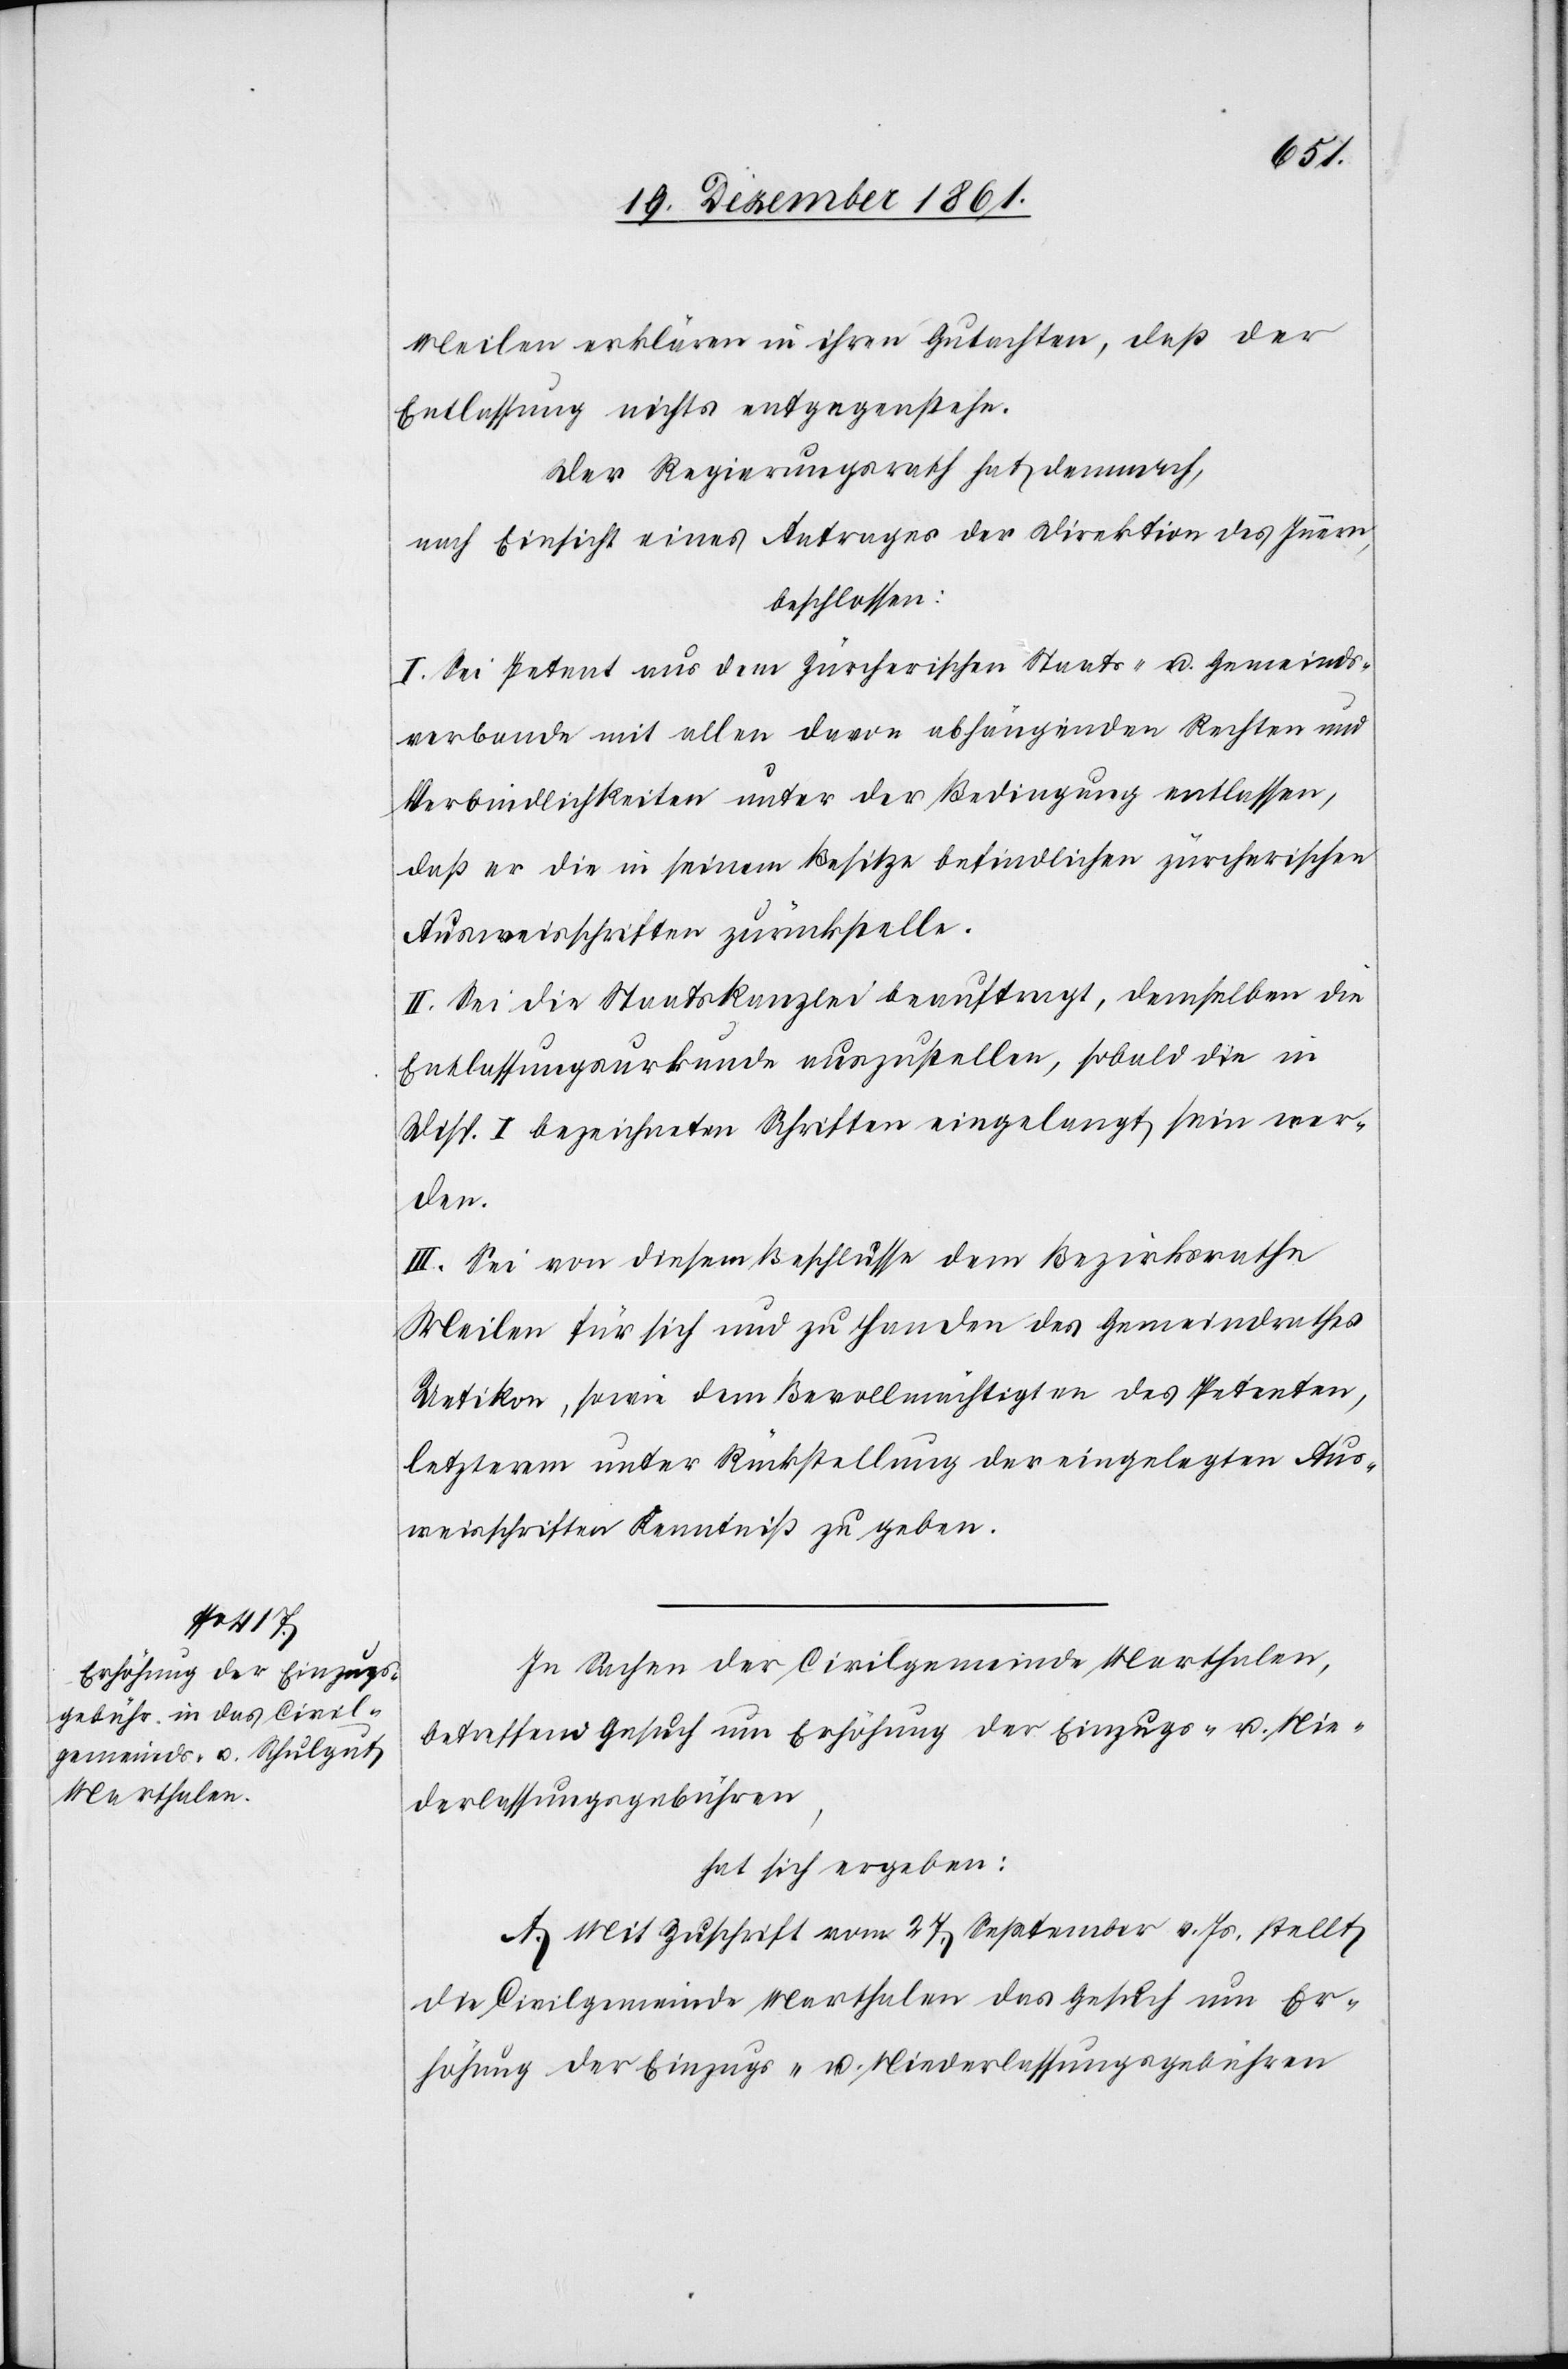
Meilen erklären in ihren Gutachten, daß der
Entlassung nichts entgegenstehe.
Der Regierungsrath hat demnach,
nach Einsicht eines Antrages der Direktion des Innern,
beschlossen:
I. Sei Petent aus dem Zürcherischen Staats- u. Gemeinds¬
verbande mit allen davon abhängenden Rechten und
Verbindlichkeiten unter der Bedingung entlassen,
daß er die in seinem Besitze befindlichen zürcherischen
Ausweisschriften zurückstelle.
II. Sei die Staatskanzlei beauftragt, demselben die
Entlassungsurkunde auszustellen, sobald die in
Disp. I bezeichneten Schriften eingelangt sein wer¬
den.
III. Sei von diesem Beschlusse dem Bezirksrathe
Meilen für sich und zu Handen des Gemeindrathes
Uetikon, sowie dem Bevollmächtigten des Petenten,
letzterem unter Rückstellung der eingelegten Aus¬
weisschriften Kenntniß zu geben.
In Sachen der Civilgemeinde Marthalen,
betreffend Gesuch um Erhöhung der Einzugs- u. Nie¬
derlaßungsgebühren,
hat sich ergeben:
A. Mit Zuschrift vom 27 September v. Js. stellt
die Civilgemeinde Marthalen das Gesuch um Er¬
höhung der Einzugs- u. Niederlassungsgebühren